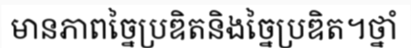
មានភាពច្នៃប្រឌិតនិងច្នៃប្រឌិត។ថ្នាំ